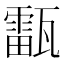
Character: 𤮚